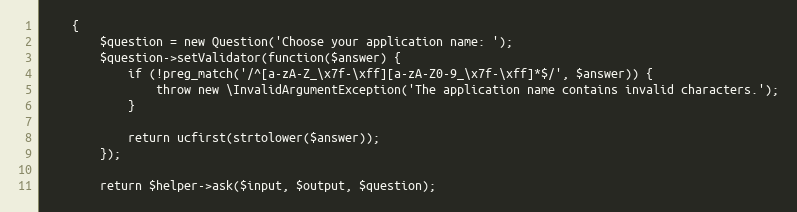
Language: PHP
    {
        $question = new Question('Choose your application name: ');
        $question->setValidator(function($answer) {
            if (!preg_match('/^[a-zA-Z_\x7f-\xff][a-zA-Z0-9_\x7f-\xff]*$/', $answer)) {
                throw new \InvalidArgumentException('The application name contains invalid characters.');
            }

            return ucfirst(strtolower($answer));
        });

        return $helper->ask($input, $output, $question);